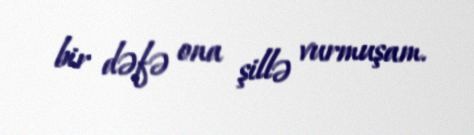
bir dəfə ona şillə vurmuşam.